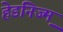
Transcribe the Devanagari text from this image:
हेडनिज्म़